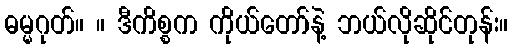
ဓမ္မဂုတ်။ ။ ဒီကိစ္စက ကိုယ်တော်နဲ့ ဘယ်လိုဆိုင်တုန်း။